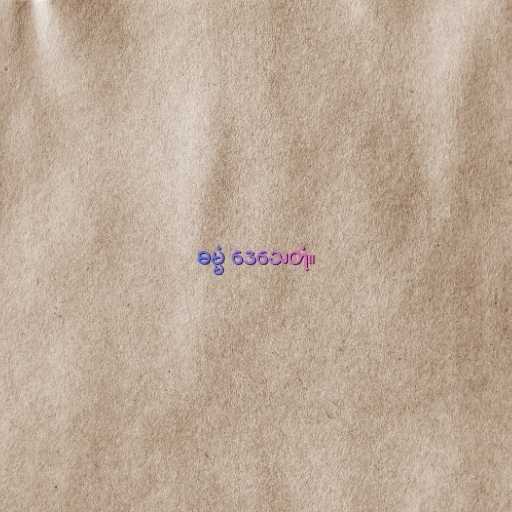
ဓမ္မံ ဒေသေတုံ။